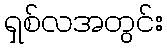
ရှစ်လအတွင်း